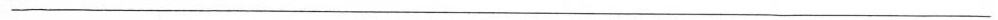
___